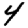
Digit: 4